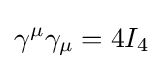
\gamma ^{\mu }\gamma _{\mu }=4I_{4}